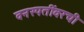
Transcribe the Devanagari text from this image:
वनस्पतींवरची